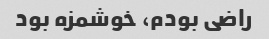
راضی بودم، خوشمزه بود